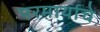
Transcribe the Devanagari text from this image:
परमार्थाचे